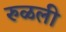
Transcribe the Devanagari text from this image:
रुळली